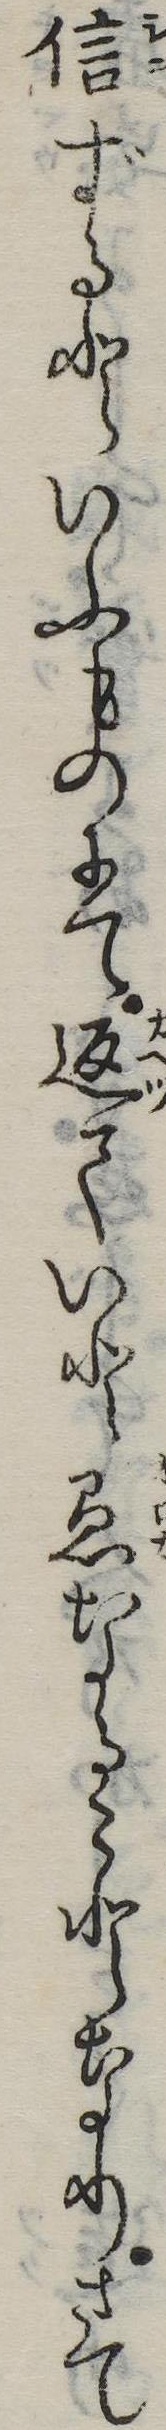
信ずるといふものにて返ていと愚なることなりさて